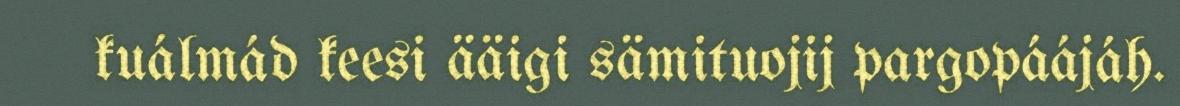
kuálmád keesi ääigi sämituojij pargopáájáh.